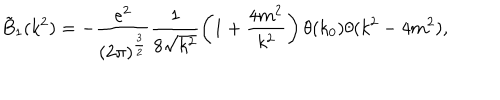
\tilde { B } _ { 1 } ( k ^ { 2 } ) = - \frac { e ^ { 2 } } { ( 2 \pi ) ^ { \frac { 3 } { 2 } } } \frac { 1 } { 8 \sqrt { k ^ { 2 } } } \left( 1 + \frac { 4 m ^ { 2 } } { k ^ { 2 } } \right) \theta ( k _ { 0 } ) \theta ( k ^ { 2 } - 4 m ^ { 2 } ) ,